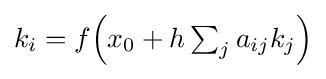
{\textstyle k_{i}=f{\left(x_{0}+h\sum _{j}a_{ij}k_{j}\right)}}